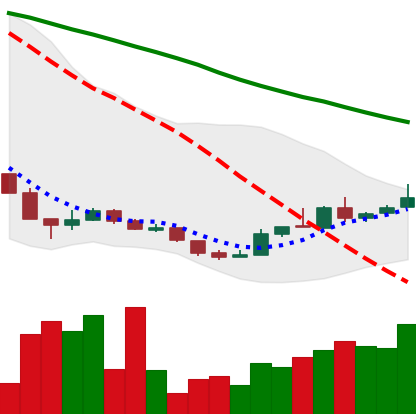
Ticker: XLM-USD
Chart end date: 2018-12-24
Forward return: -10.93%
Label: down_7plus